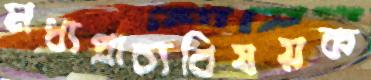
মধ্যপ্রাচ্যবিষয়ক